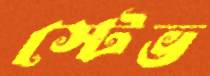
স্টেভ